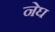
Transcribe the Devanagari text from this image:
नेघ